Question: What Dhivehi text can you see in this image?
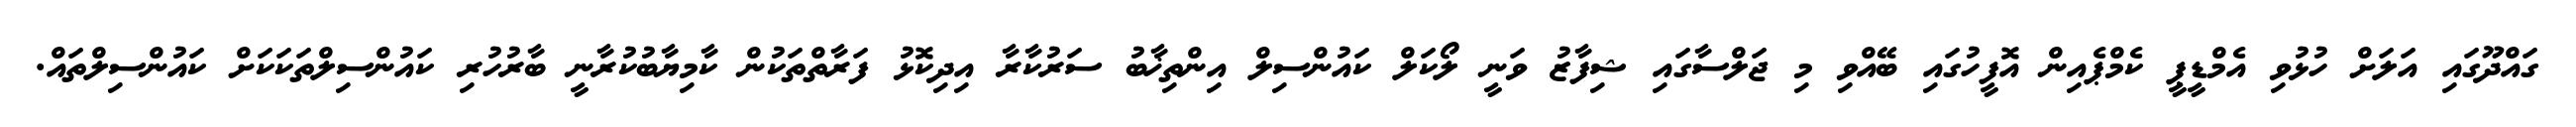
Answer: ގައްދޫގައި އަލަށް ހުޅުވި އެމްޑީޕީ ކެމްޕެއިން އޮފީހުގައި ބޭއްވި މި ޖަލްސާގައި ޝިފާޒު ވަނީ ލޯކަލް ކައުންސިލް އިންތިޚާބު ސަރުކާރާ އިދިކޮޅު ފަރާތްތަކުން ކާމިޔާބުކުރާނީ ބާރުހުރި ކައުންސިލްތަކަކަށް ކައުންސިލްތައް.